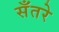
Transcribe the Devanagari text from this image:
सँतरे